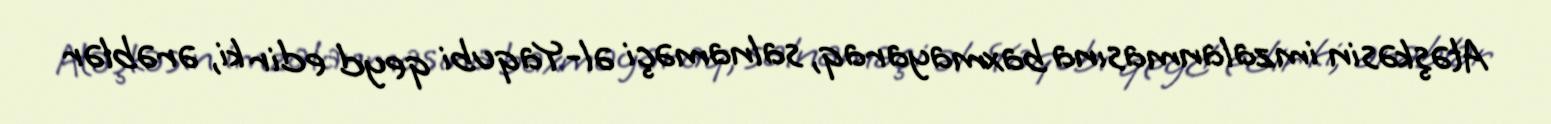
Atəşkəsin imzalanmasına baxmayaraq, salnaməçi əl-Yaqubi qeyd edir ki, ərəblər